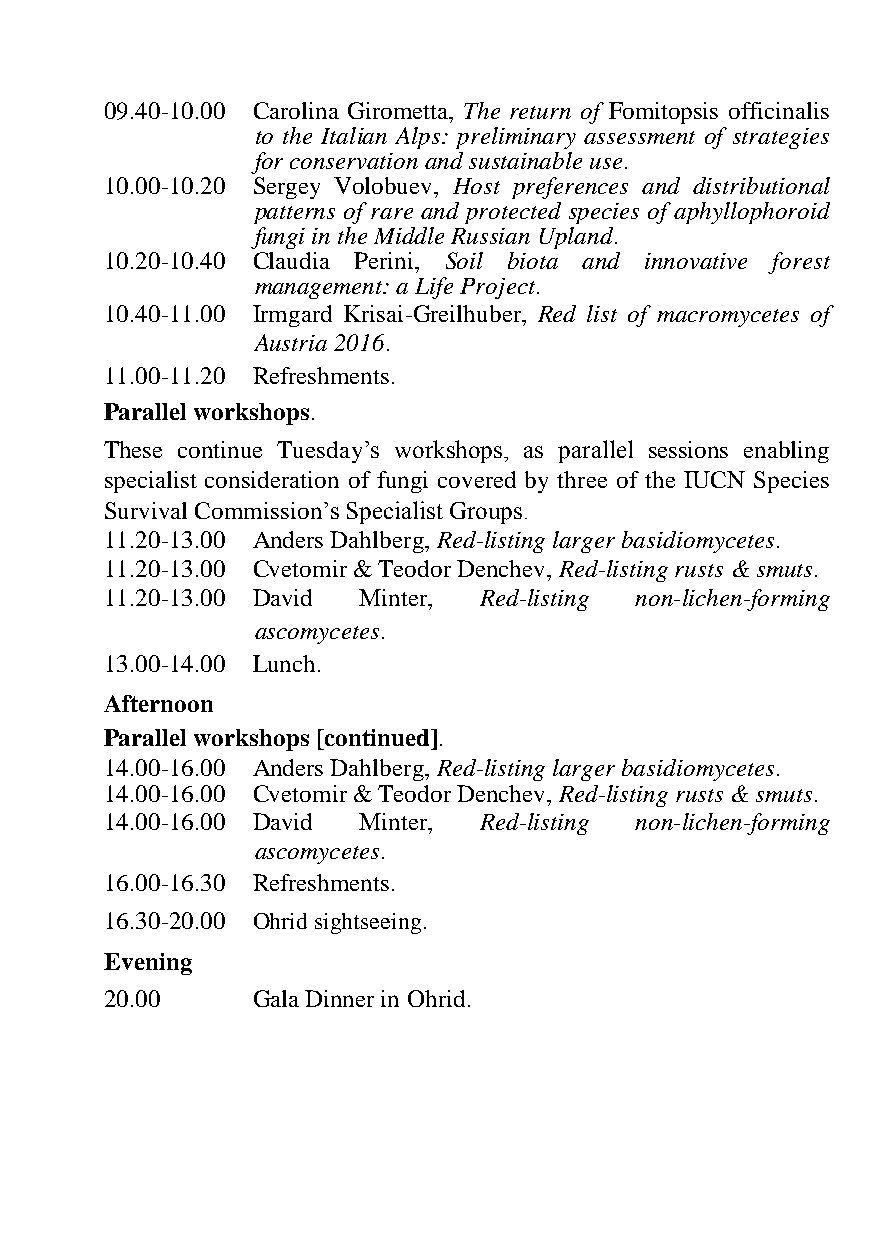
09.40-10.00 Carolina Girometta, The return of Fomitopsis officinalis
 to the Italian Alps: preliminary assessment of strategies
 for conservation and sustainable use.
 10.00-10.20 Sergey Volobuev, Host preferences and distributional
 patterns of rare and protected species of aphyllophoroid
 fungi in the Middle Russian Upland.
 10.20-10.40 Claudia Perini, Soil biota and innovative forest
 management: a Life Project.
 10.40-11.00 Irmgard Krisai-Greilhuber, Red list of macromycetes of
 Austria 2016.
 11.00-11.20 Refreshments.
 Parallel workshops.
 These continue Tuesday’s workshops, as parallel sessions enabling
 specialist consideration of fungi covered by three of the IUCN Species
 Survival Commission’s Specialist Groups.
 11.20-13.00 Anders Dahlberg, Red-listing larger basidiomycetes.
 11.20-13.00 Cvetomir & Teodor Denchev, Red-listing rusts & smuts.
 11.20-13.00 David Minter, Red-listing non-lichen-forming
 ascomycetes.
 13.00-14.00 Lunch.
 Afternoon
 Parallel workshops [continued].
 14.00-16.00 Anders Dahlberg, Red-listing larger basidiomycetes.
 14.00-16.00 Cvetomir & Teodor Denchev, Red-listing rusts & smuts.
 14.00-16.00 David Minter, Red-listing non-lichen-forming
 ascomycetes.
 16.00-16.30 Refreshments.
 16.30-20.00 Ohrid sightseeing.
 Evening
 20.00     Gala Dinner in Ohrid.